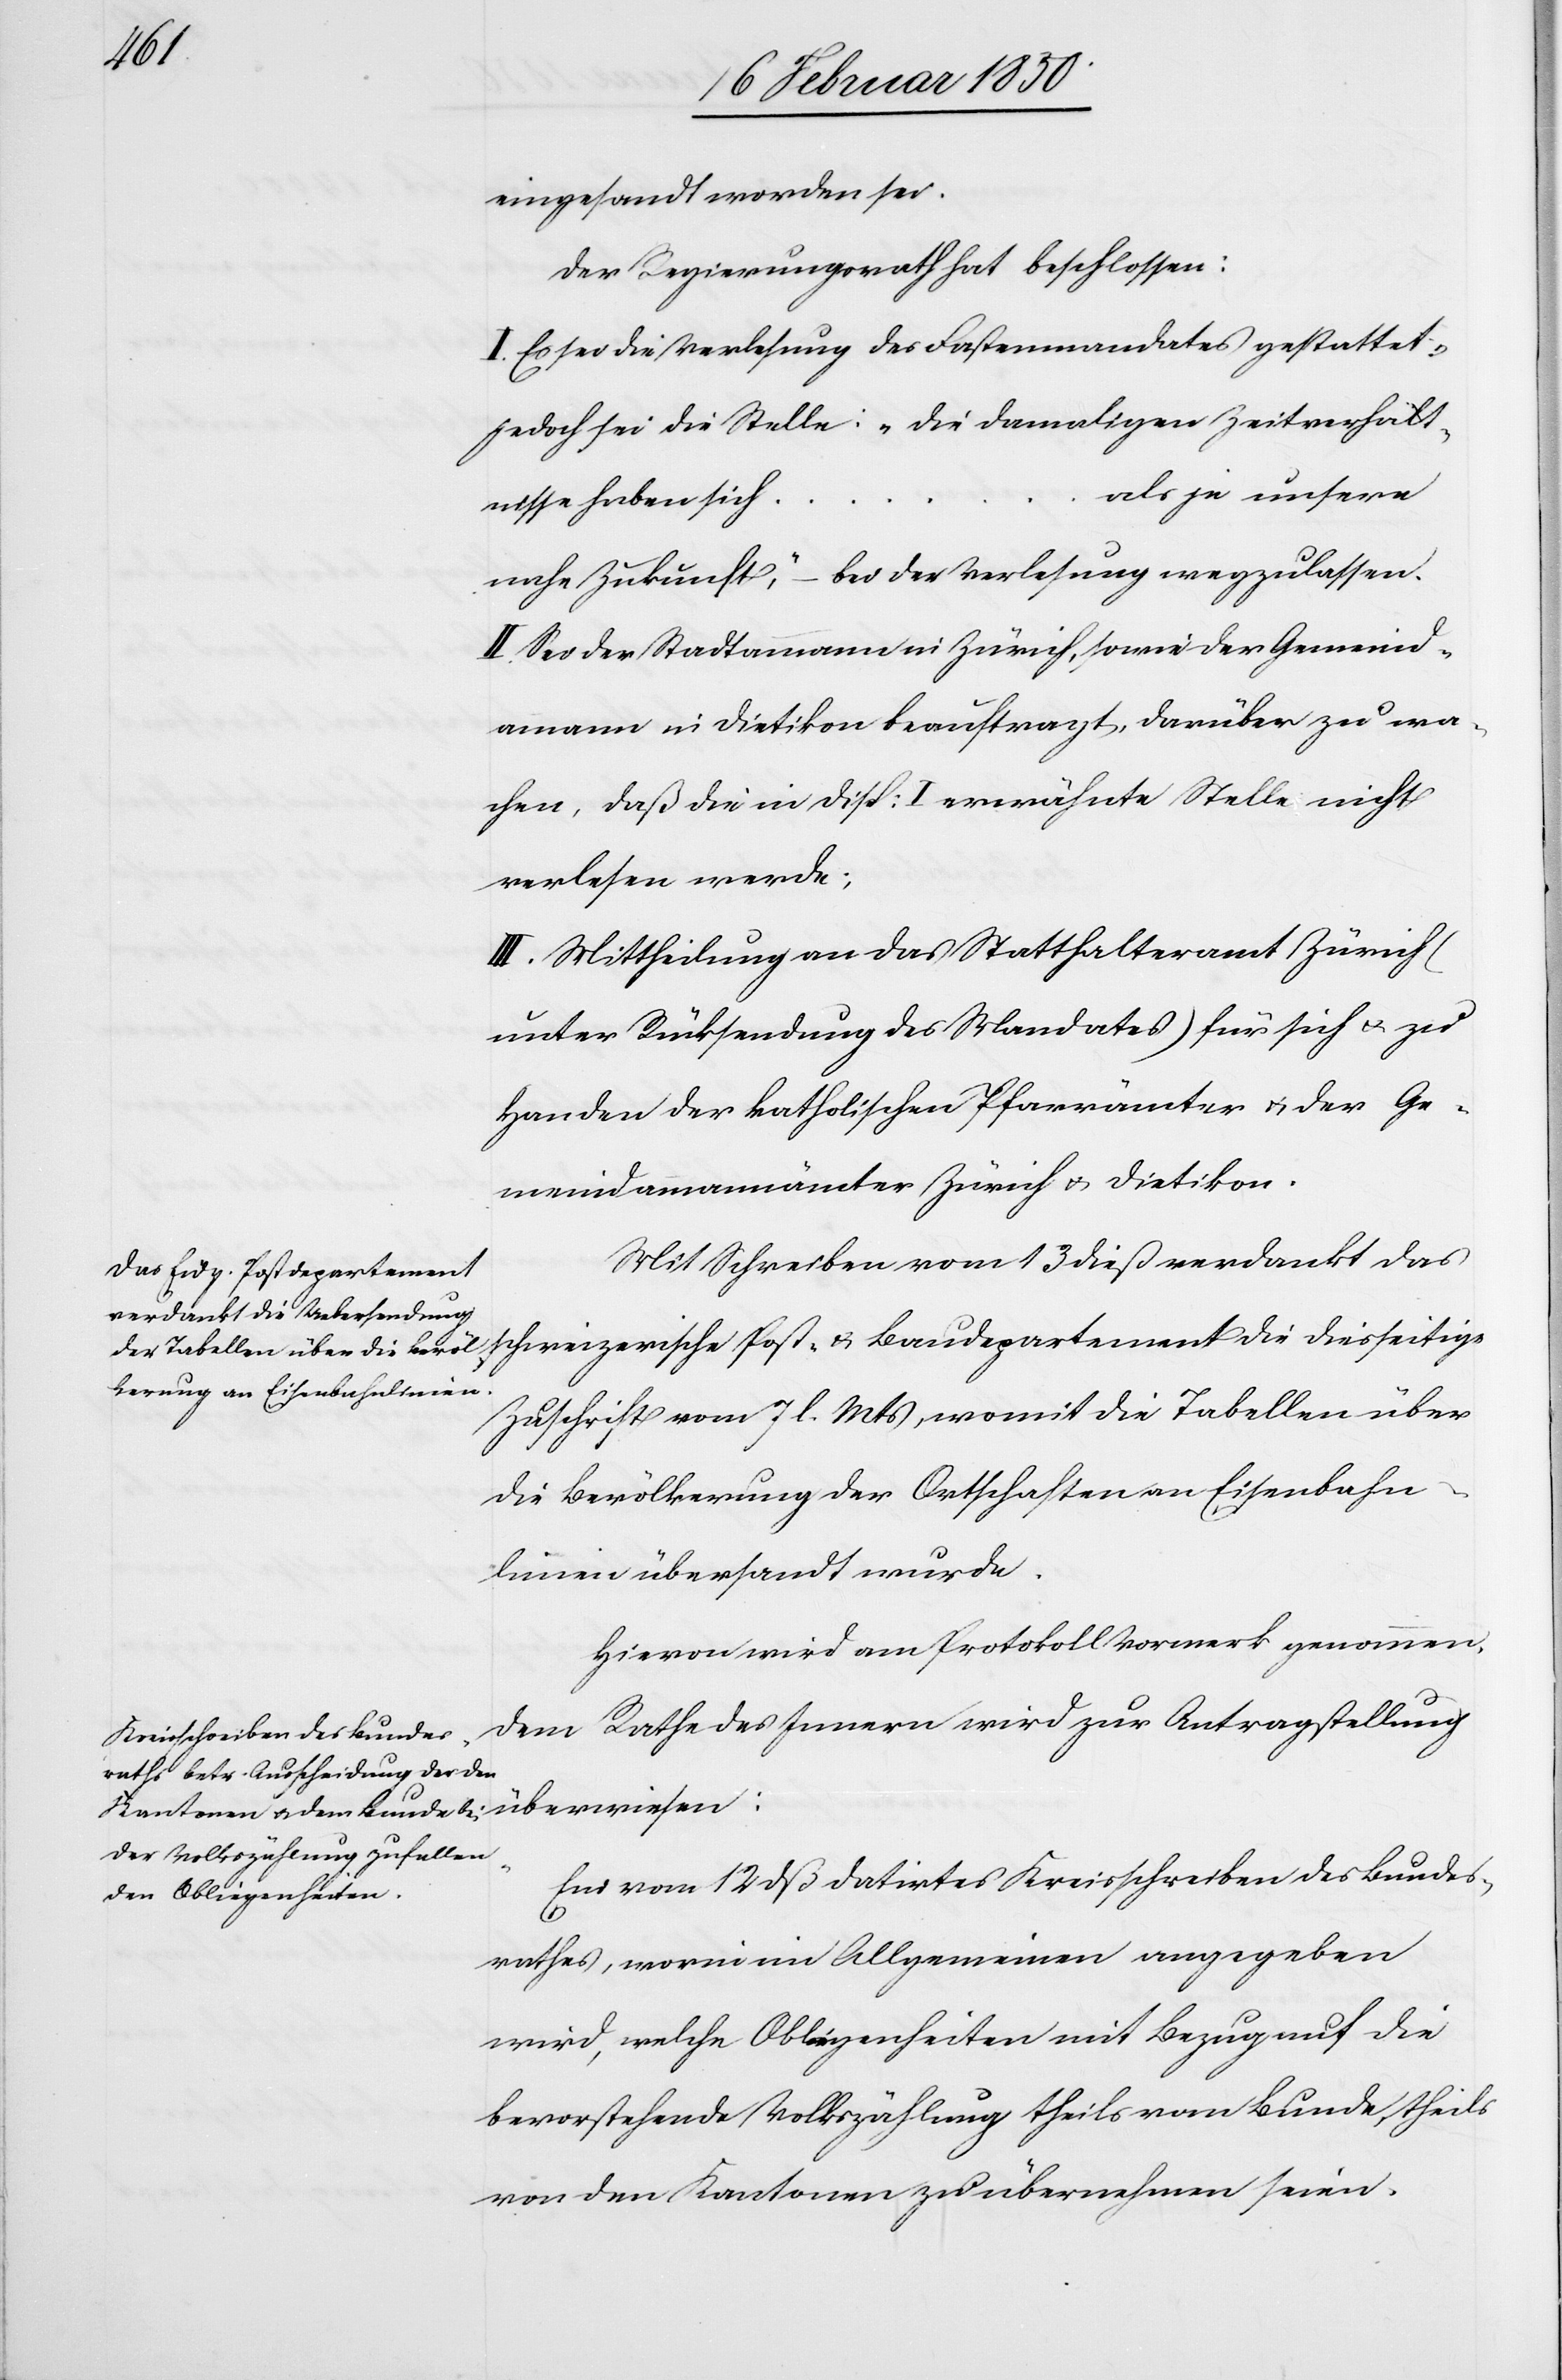
…

eingesandt worden sei.
Der Regierungsrath hat beschlossen:
I. Es sei die Verlesung des Fastenmandates gestattet,
jedoch sei die Stelle: „Die damaligen Zeitverhält¬
als je unsere
nisse haben sich
nahe Zukunft,“ – bei der Verlesung wegzulassen.
II. Sei der Stadtammann in Zürich, sowie der Gemeind¬
amann in Dietikon beauftragt, darüber zu wa¬
chen, daß die in Disp: I erwähnte Stelle nicht
verlesen werde;
III. Mittheilung an das Statthalteramt Zürich
(unter Rücksendung des Mandates) für sich u. zu
Handen der katholischen Pfarrämter u. der Ge¬
meindammannämter Zürich u. Dietikon.
Mit Schreiben vom 13 dieß verdankt das
schweizerische Post- u. Baudepartement die diesseitige
Zuschrift vom 7 l. Mts, womit die Tabellen über
die Bevölkerung der Ortschaften an Eisenbahn¬
linien übersandt wurde.
Hievon wird am Protokoll Vormerk genommen.
Dem Rathe des Innern wird zur Antragstellung
überwiesen:
Ein vom 12 dß datirtes Kreisschreiben des Bundes¬
rathes, worin im Allgemeinen angegeben
wird, welche Obliegenheiten mit Bezug auf die
bevorstehende Volkszählung theils vom Bunde, theils
von den Kantonen zu übernehmen seien.